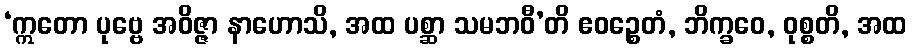
‘ဣတော ပုဗ္ဗေ အဝိဇ္ဇာ နာဟောသိ, အထ ပစ္ဆာ သမဘဝီ’တိ ဧဝဉ္စေတံ, ဘိက္ခဝေ, ဝုစ္စတိ, အထ